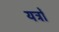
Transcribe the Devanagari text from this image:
यत्रों